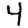
Digit: 4